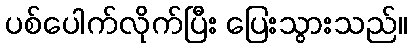
ပစ်ပေါက်လိုက်ပြီး ပြေးသွားသည်။